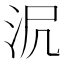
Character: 𣲻